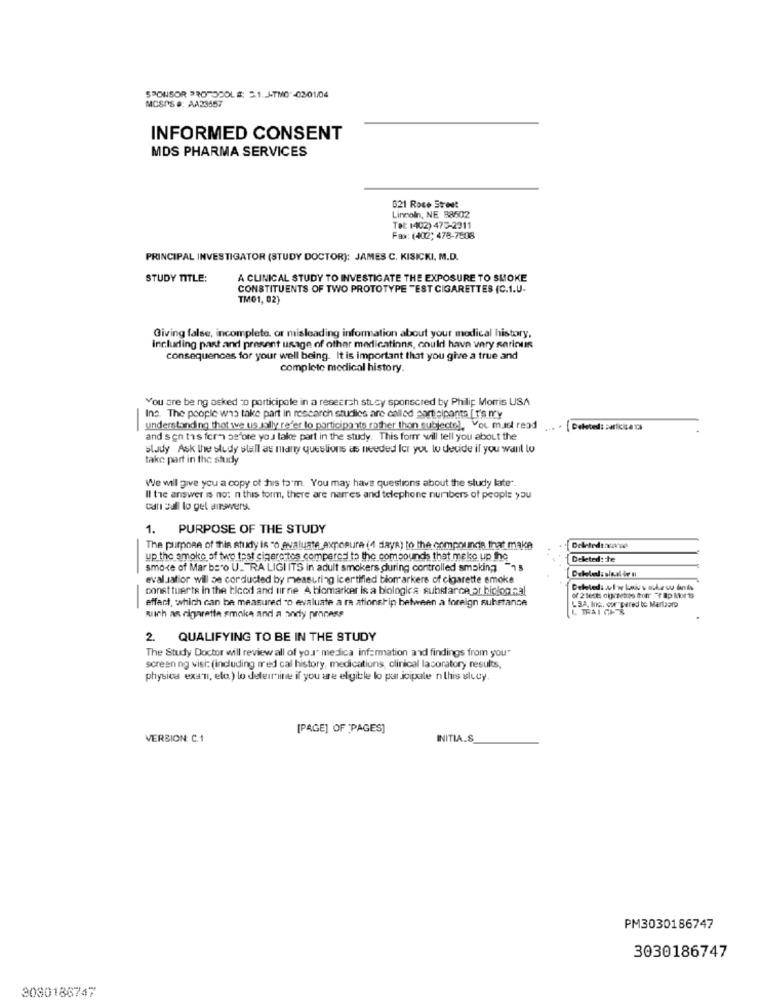
SPONSOR PROTOCOLS: 5.1. J-TMO -02-01/04
MCSPS #: AA23457
INFORMED CONSENT
MDS PHARMA SERVICES
621 Roce Street
Lincoln, NE 88502
Tet: 1402) 475-2311
Fax: (402) 478-7508
PRINCIPAL INVESTIGATOR (STUDY DOCTOR): JAMES C. KISICKI, M.D.
STUDY TITLE:
A CLINICAL STUDY TO INVESTIGATE THE EXPOSURE TO SMOKE
CONSTITUENTS OF TWO PROTOTYPE "EST CIGARETTES (C.1.U-
TM01, 02)
Giving false, incomplete, or misleading information about your medical history,
Including past and present usage of other medications, could have very serinus
consequences for your well being. It is important that you give a true and
complete medical history.
You are being asked to participate in a research study sponsored by Philip Morris USA
Ins. The people who take part in research studies are called participante [ r's n'y
-
understanding that we us sally refer to participants rother thon subjecte), You must read
[ Deleted: zuricica13
and sen tis ferm before you take part in the study. This forrr will tell you about the
slady Ask the study stall as many questions as needed Ict you to decide if you wall lo
take part in the study
We will give you a copy of his to'm. You may have questions about the study late".
Il the answer is no: n this form, there are narres and telephone numbers of people you
can sell lo get answers.
1. PURPOSE OF THE STUDY
The purpose of this study is "o evaluate exposure (4 days) to the compounds that make
up the smoke of two test cigare tos compared to the compounds that make up the
Deleted: te
smoke of Mar bs'o U_ RA LIGI ITS in adult smokers during controlled smoking "13
eval.satior will be corducted by measuring icertified biomarkere of cigarette smoke
const tuerts in the ticod and tir ne A biomarker is a biologica substance or biological
effect, which can be measured "o evaluate a ra ationship between a foreign substance
LBA, Inc. cor pered to Martaoro
-
L TRAI CH &
wich as cigarette smoke and a andy process
2. QUALIFYING TO BE IN THE STUDY
The Study Doctor will review all of you" medica information and findings from you"
screen ng visi: (including med cal history, medications, clinical lacoratory results,
physics exan, ela) lo determine if you are eligible lo par icipale nthis slucy.
[PAGE] OF "PAGES]
VERSION: C.1
INITIA.S
PM3030186747
3030186747
3030186747